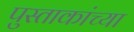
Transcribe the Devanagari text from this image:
पुस्ताकांच्या